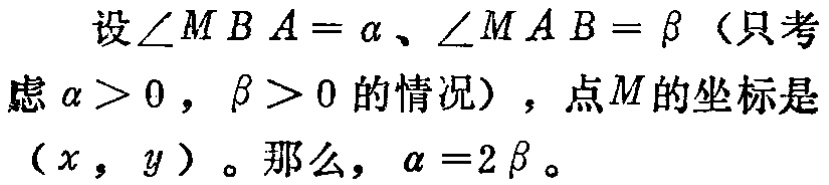
设\(\angle MBA = \alpha\)、\(\angle MAB = \beta\)（只考虑\(\alpha > 0\)，\(\beta > 0\)的情况），点\(M\)的坐标是\((x, y)\)。那么，\(\alpha = 2\beta\)。